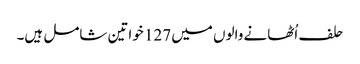
حلف اُٹھانے والوں میں 127 خواتین شامل ہیں۔